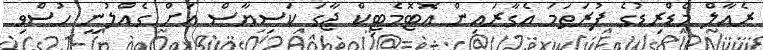
ރެއާލް މެޑްރިޑުގެ ފުރަތަމަ އެގާރައިން އޮޓޮމެޓިކް ޖާގަ ކަސިޔާސް އަށް ގެއްލުނީ ހުސްވި